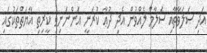
އަދި ޞަލަވާތާއި ސަލާމް ލެއްވުން އެދި ދުޢާ ކުރަނީ އަންނަނިވި ކީރިތި އާޔަތްތަކުގައި